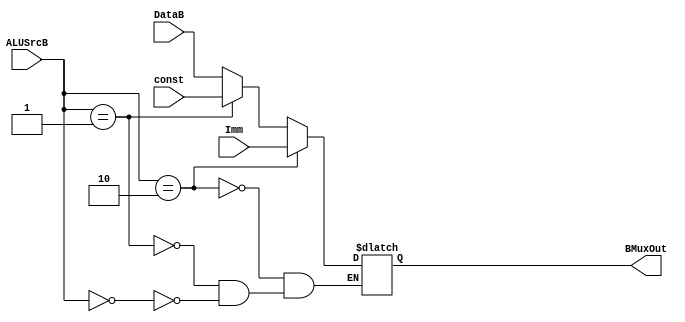
`timescale 1ns / 1ps

module BMux(BMuxOut, DataB, const, Imm, ALUSrcB
    );
//OUTPUTS-----------------------------------
	output [31:0] BMuxOut;
//INPUTS------------------------------------
	input [31:0] DataB, const, Imm;
	input [1:0] ALUSrcB;
//OTHER-------------------------------------
	reg [31:0] BMuxOut;
//CODE--------------------------------------
	 always @(DataB, const, Imm, ALUSrcB) begin
		if (ALUSrcB == 2'b00) begin
			BMuxOut = DataB;
		end
		if (ALUSrcB == 2'b01) begin
			BMuxOut = const;
		end
		if (ALUSrcB == 2'b10) begin
			BMuxOut = Imm;
		end
	 end
endmodule